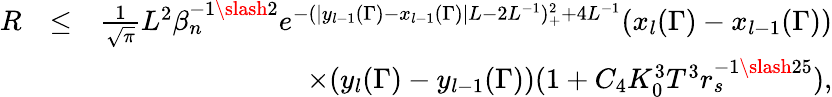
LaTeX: \begin{array}{rlr}{R}&{\leq}&{\frac{1}{\sqrt{\pi}}L^{2}\beta_{n}^{-1\slash 2}e^{-(|y_{l-1}(\Gamma)-x_{l-1}(\Gamma)|L-2L^{-1})_{+}^{2}+4L^{-1}}(x_{l}(\Gamma)-x_{l-1}(\Gamma))}\\ &{}&{\times(y_{l}(\Gamma)-y_{l-1}(\Gamma))(1+C_{4}K_{0}^{3}T^{3}r_{s}^{-1\slash 25}),}\end{array}